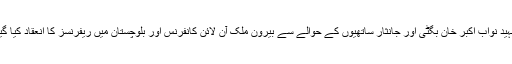
شہید نواب اکبر خان بگٹی اور جانثار ساتھیوں کے حوالے سے بیرون ملک آن لائن کانفرنس اور بلوچستان میں ریفرنسز کا انعقاد کیا گیا۔